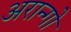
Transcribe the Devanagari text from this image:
अरान्गो